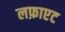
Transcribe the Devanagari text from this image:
लफ़ाएट